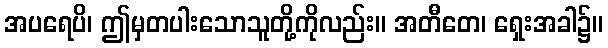
အပရေပိ၊ ဤမှတပါးသောသူတို့ကိုလည်း။ အတီတေ၊ ရှေးအခါ၌။